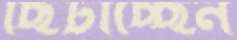
ছিটাচ্ছেন